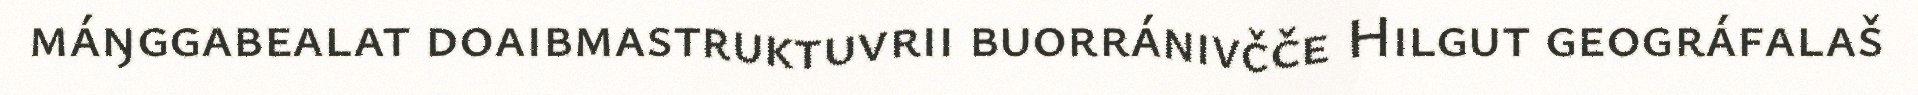
máŋggabealat doaibmastruktuvrii buorránivčče Hilgut geográfalaš